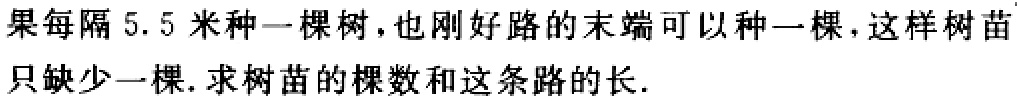
如果每隔5.5米种一棵树，也刚好路的末端可以种一棵，这样树苗只缺少一棵. 求树苗的棵数和这条路的长.